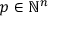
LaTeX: p \in \mathbb { N } ^ { n }